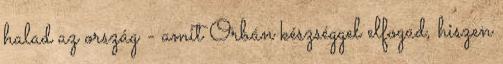
halad az or­szág - amit Orbán készséggel elfogad, hiszen